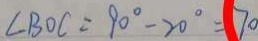
\angle B O C = 9 0 ^ { \circ } - 2 0 ^ { \circ } = 7 0